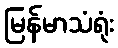
မြန်မာသံရုံး